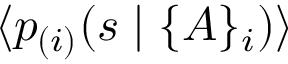
\langle p _ { ( i ) } ( s \mid \{ A \} _ { i } ) \rangle